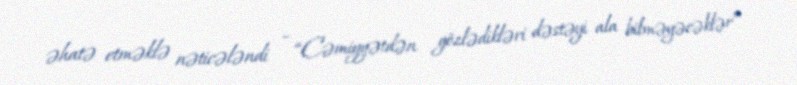
əhatə etməklə nəticələndi – “Cəmiyyətdən gözlədikləri dəstəyi ala bilməyəcəklər”